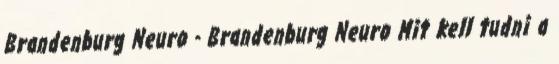
Brandenburg Neuro - Brandenburg Neuro Mit kell tudni a